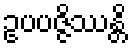
ဥပပဇ္ဇိဿန္တိ